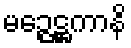
မဉ္ဇေဋ္ဌကာနိ